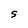
Character: S